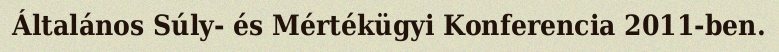
Általános Súly- és Mértékügyi Konferencia 2011-ben.